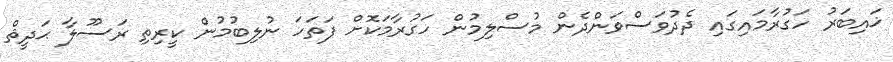
ޚައިބަރު ހަގުރާމައިގައި ދެދުވަސްވަންދެން މުސްލިމުން ހަގުރާމަކޮށް ފަތަހަ ނުލިބުމުން ކީރިތި ރަސޫލާ ޙަދީޘް